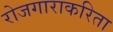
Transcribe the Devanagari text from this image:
रोजगाराकरिता